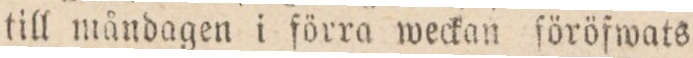
till måndagen i förra weckan ſöröfwats